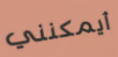
أيمكنني